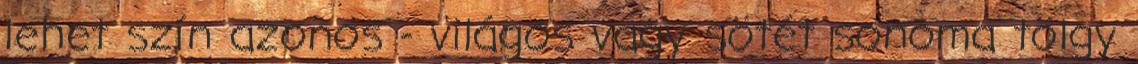
lehet szín azonos - világos vagy sötét sonoma tölgy